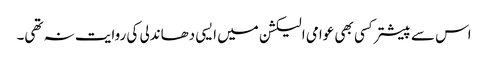
اس سے پیشتر کسی بھی عوامی الیکشن میں ایسی دھاندلی کی روایت نہ تھی۔